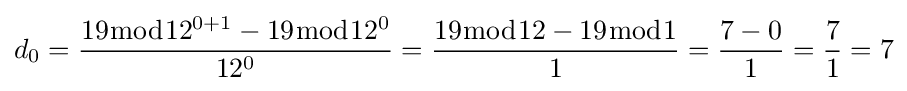
d_{0}={\frac {19{\bmod {12^{0+1}}}-19{\bmod {1}}2^{0}}{12^{0}}}={\frac {19{\bmod {12}}-19{\bmod {1}}}{1}}={\frac {7-0}{1}}={\frac {7}{1}}=7